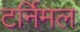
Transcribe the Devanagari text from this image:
टर्निमल